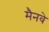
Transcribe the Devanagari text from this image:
मैनवे